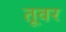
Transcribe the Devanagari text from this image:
तूवर